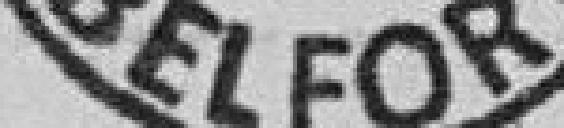
Belfort